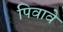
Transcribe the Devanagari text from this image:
पिवावे